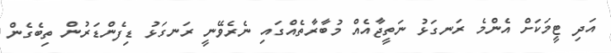
އަދި ޓީމަކަށް އެންމެ ރަނގަޅު ނަތީޖާއެއް މުބާރާތެއްގައި ނެރެވޭނީ ރަނގަޅު ޑިފެންޑަރުން ތިބެގެން